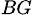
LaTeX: _{BG}